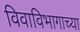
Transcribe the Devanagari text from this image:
विवाविभागाच्या